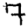
Digit: 7